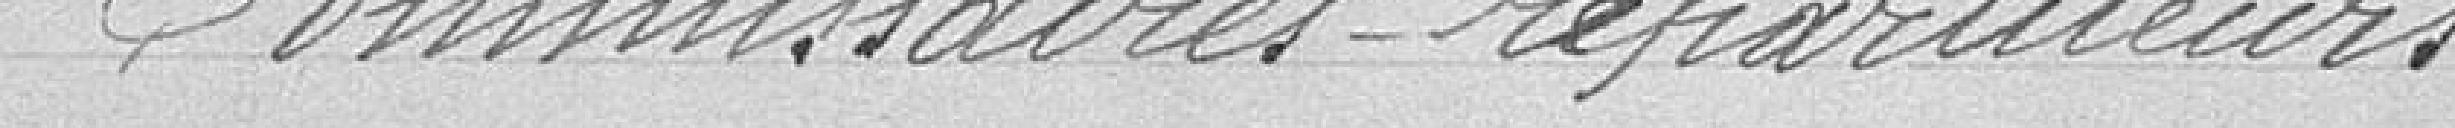
Commissaires-répartiteurs